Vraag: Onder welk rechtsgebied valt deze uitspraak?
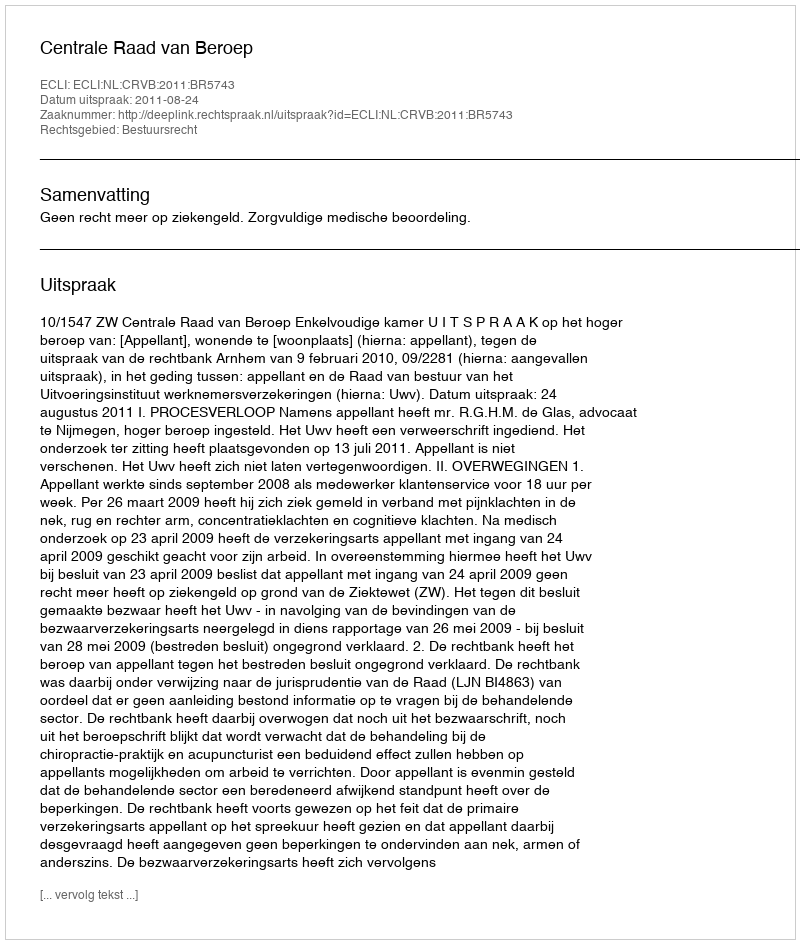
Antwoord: Bestuursrecht